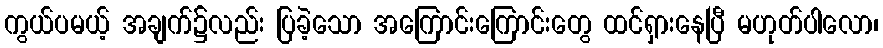
ကွယ်ပမယ့် အချက်၌လည်း ပြခဲ့သော အကြောင်းကြောင်းတွေ ထင်ရှားနေပြီ မဟုတ်ပါလော၊